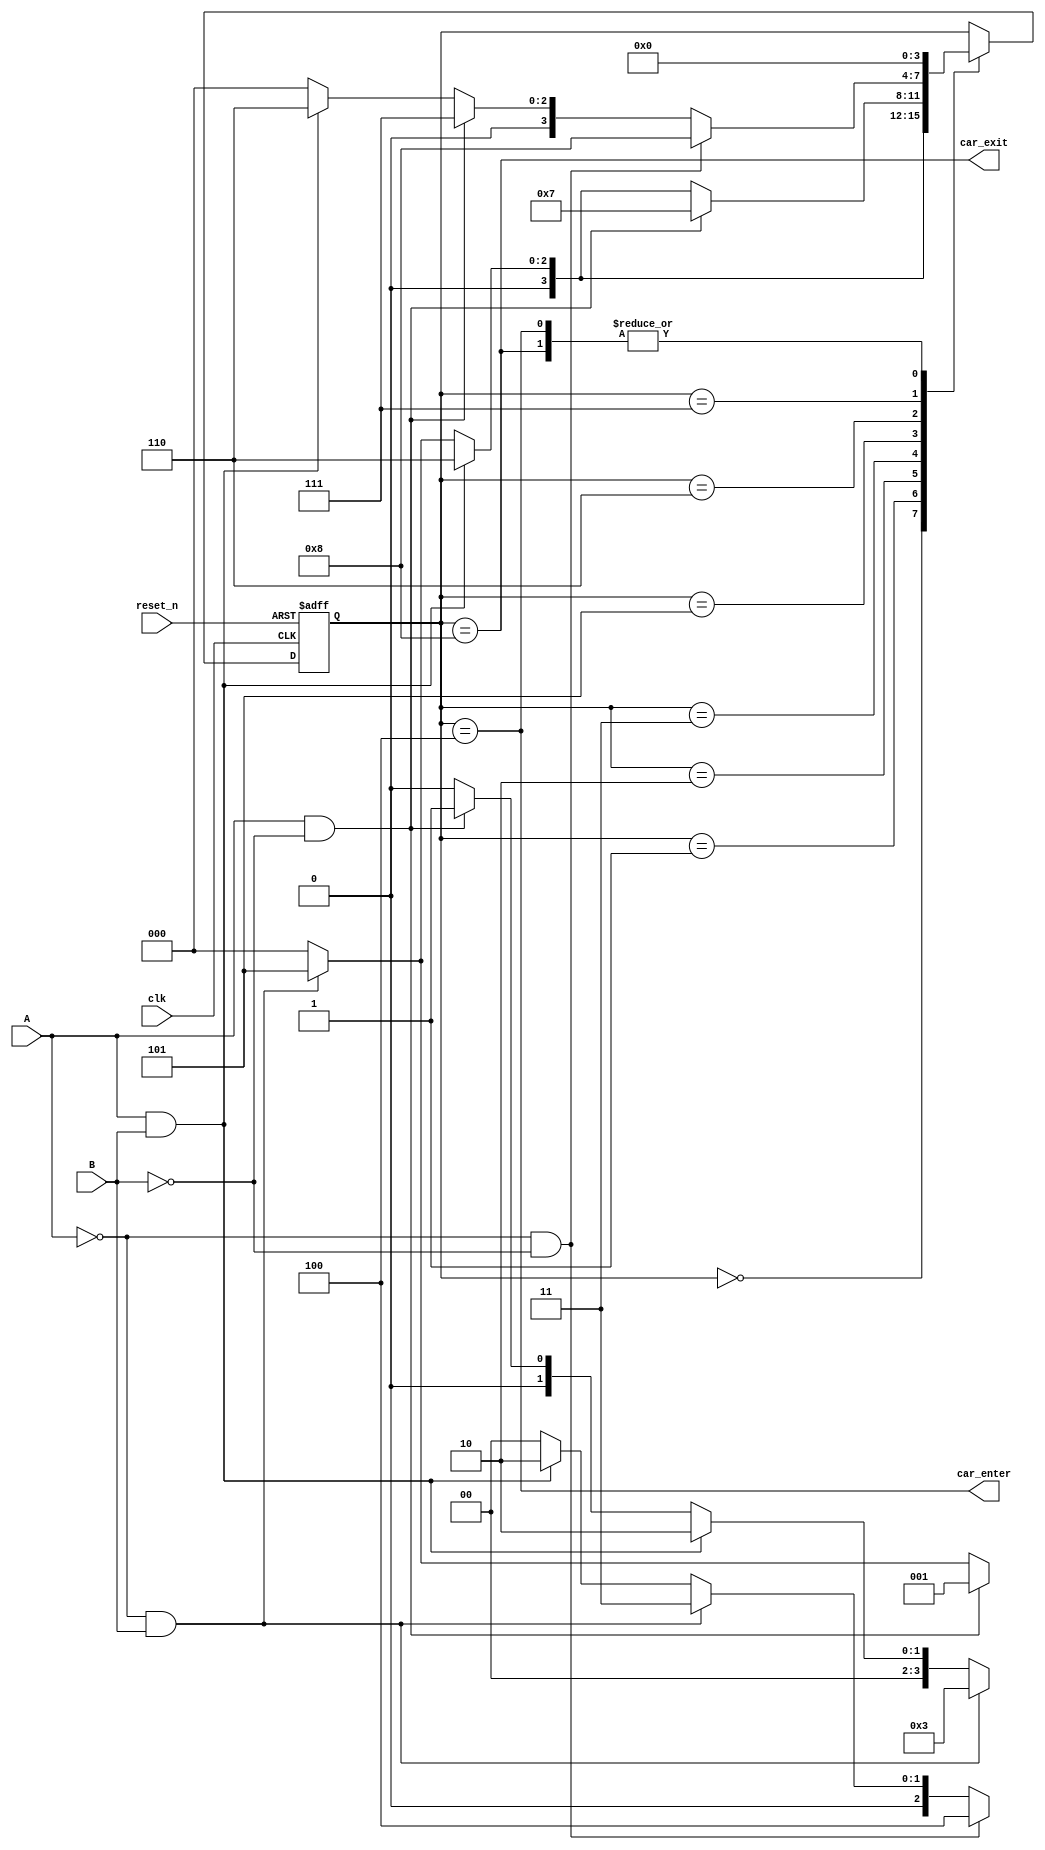
`timescale 1ns / 1ps
//////////////////////////////////////////////////////////////////////////////////
// Company: 
// Engineer: 
// 
// Design Name: 
// Module Name: Car_Enter_Exit_FSM
// Project Name: 
// Target Devices: 
// Tool Versions: 
// Description: 
// 
// Dependencies: 
// 
// Revision:
// Revision 0.01 - File Created
// Additional Comments:
// 
//////////////////////////////////////////////////////////////////////////////////


module Car_Enter_Exit_FSM(
    input clk, reset_n, A, B,
    output car_enter, car_exit
    );
    
    reg [3:0] state_reg, state_next;
    localparam  s0 = 0, s1 = 1, s2 = 2, 
                s3 = 3, s4 = 4, s5 = 5, 
                s6 = 6, s7 = 7, s8 = 8;
                
    //State Register
    always @(posedge clk, negedge reset_n)
    begin
        if(~reset_n)
            state_reg <= s0;
        else
            state_reg <= state_next;
    end         
    
    //Next State Logic
    always @(*)
    begin
        case(state_reg)
            s0: if (A & ~B)         state_next = s1;
                else if (~A & B)    state_next = s5;
                else                state_next = s0;             
            s1: if (A & B)          state_next = s2;    //prioritize next state
                else if (A & ~B)    state_next = s1;    //then current state
                else                state_next = s0;
            s2: if (~A & B)         state_next = s3;    //prioritize next state
                else if (A & B)     state_next = s2;    //then current state
                else if (A & ~B)    state_next = s1;    //then previous state
                else                state_next = s0;    
            s3: if (~A & ~B)        state_next = s4;    
                else if (~A & B)    state_next = s3;
                else if (A & B)     state_next = s2;
                else                state_next = s0;
            s4: state_next = s0;                        
            s5: if (A & B)          state_next = s6;    
                else if (~A & B)    state_next = s5;
                else                state_next = s0; 
            s6: if (A & ~B)         state_next = s7;    
                else if (A & B)     state_next = s6;
                else if (~A & B)    state_next = s5;
                else                state_next = s0; 
            s7: if (~A & ~B)        state_next = s8;
                else if (A & ~B)    state_next = s7;
                else if (A & B)     state_next = s6;
                else                state_next = s0; 
            s8: state_next = s0;
            default: state_next = state_reg;
        endcase
    end 
    
    //Output Logic
    assign car_enter = (state_reg == s4);
    assign car_exit = (state_reg == s8);
endmodule